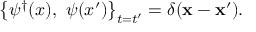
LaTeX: \left\{ \psi ^ { \dagger } ( x ) , ~ \psi ( x ^ { \prime } ) \right\} _ { t = t ^ { \prime } } = \delta ( { \bf x } - { \bf x } ^ { \prime } ) .